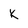
Character: k